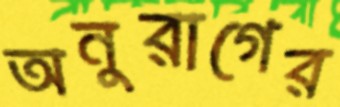
অনুরাগের